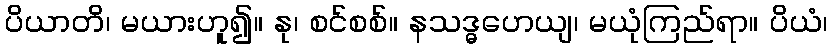
ပိယာတိ၊ မယားဟူ၍။ နု၊ စင်စစ်။ နသဒ္ဓဟေယျ၊ မယုံကြည်ရာ။ ပိယံ၊